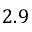
2 . 9